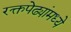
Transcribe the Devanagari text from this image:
रक्तपेढ्यांमध्ये